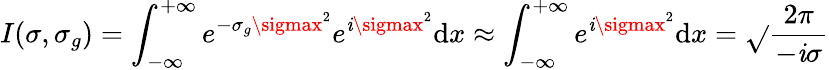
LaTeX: I(\sigma,\sigma_{g})=\int_{-\infty}^{+\infty}e^{-\sigma_{g}\sigmax^{2}}e^{\mathit{i}\sigmax^{2}}\mathrm{{d}}x\approx\int_{-\infty}^{+\infty}e^{\mathit{i}\sigmax^{2}}\mathrm{{d}}x=\sqrt{}{{\frac{{2\pi}}{{-\mathit{i}\sigma}}}}